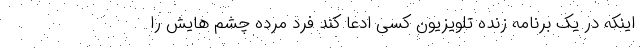
اینکه در یک برنامه زنده تلویزیون کسی ادعا کند فرد مرده چشم هایش را